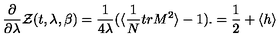
{ \frac { \partial } { \partial \lambda } } { \cal Z } ( t , \lambda , \beta ) = { \frac { 1 } { 4 \lambda } } ( \langle { \frac { 1 } { N } } t r M ^ { 2 } \rangle - 1 ) . = { \frac { 1 } { 2 } } + \langle h \rangle